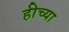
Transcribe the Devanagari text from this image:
हीच्या